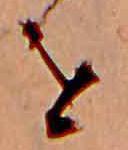
を